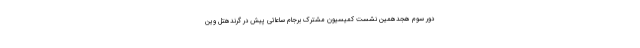
دور سوم هجدهمین نشست کمیسیون مشترک برجام ساعاتی پیش در گرندهتل وین